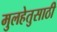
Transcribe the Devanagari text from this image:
मुलहेतुसाठी